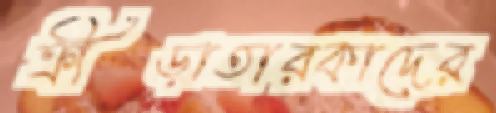
ক্রীড়াতারকাদের